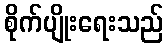
စိုက်ပျိုးရေးသည်